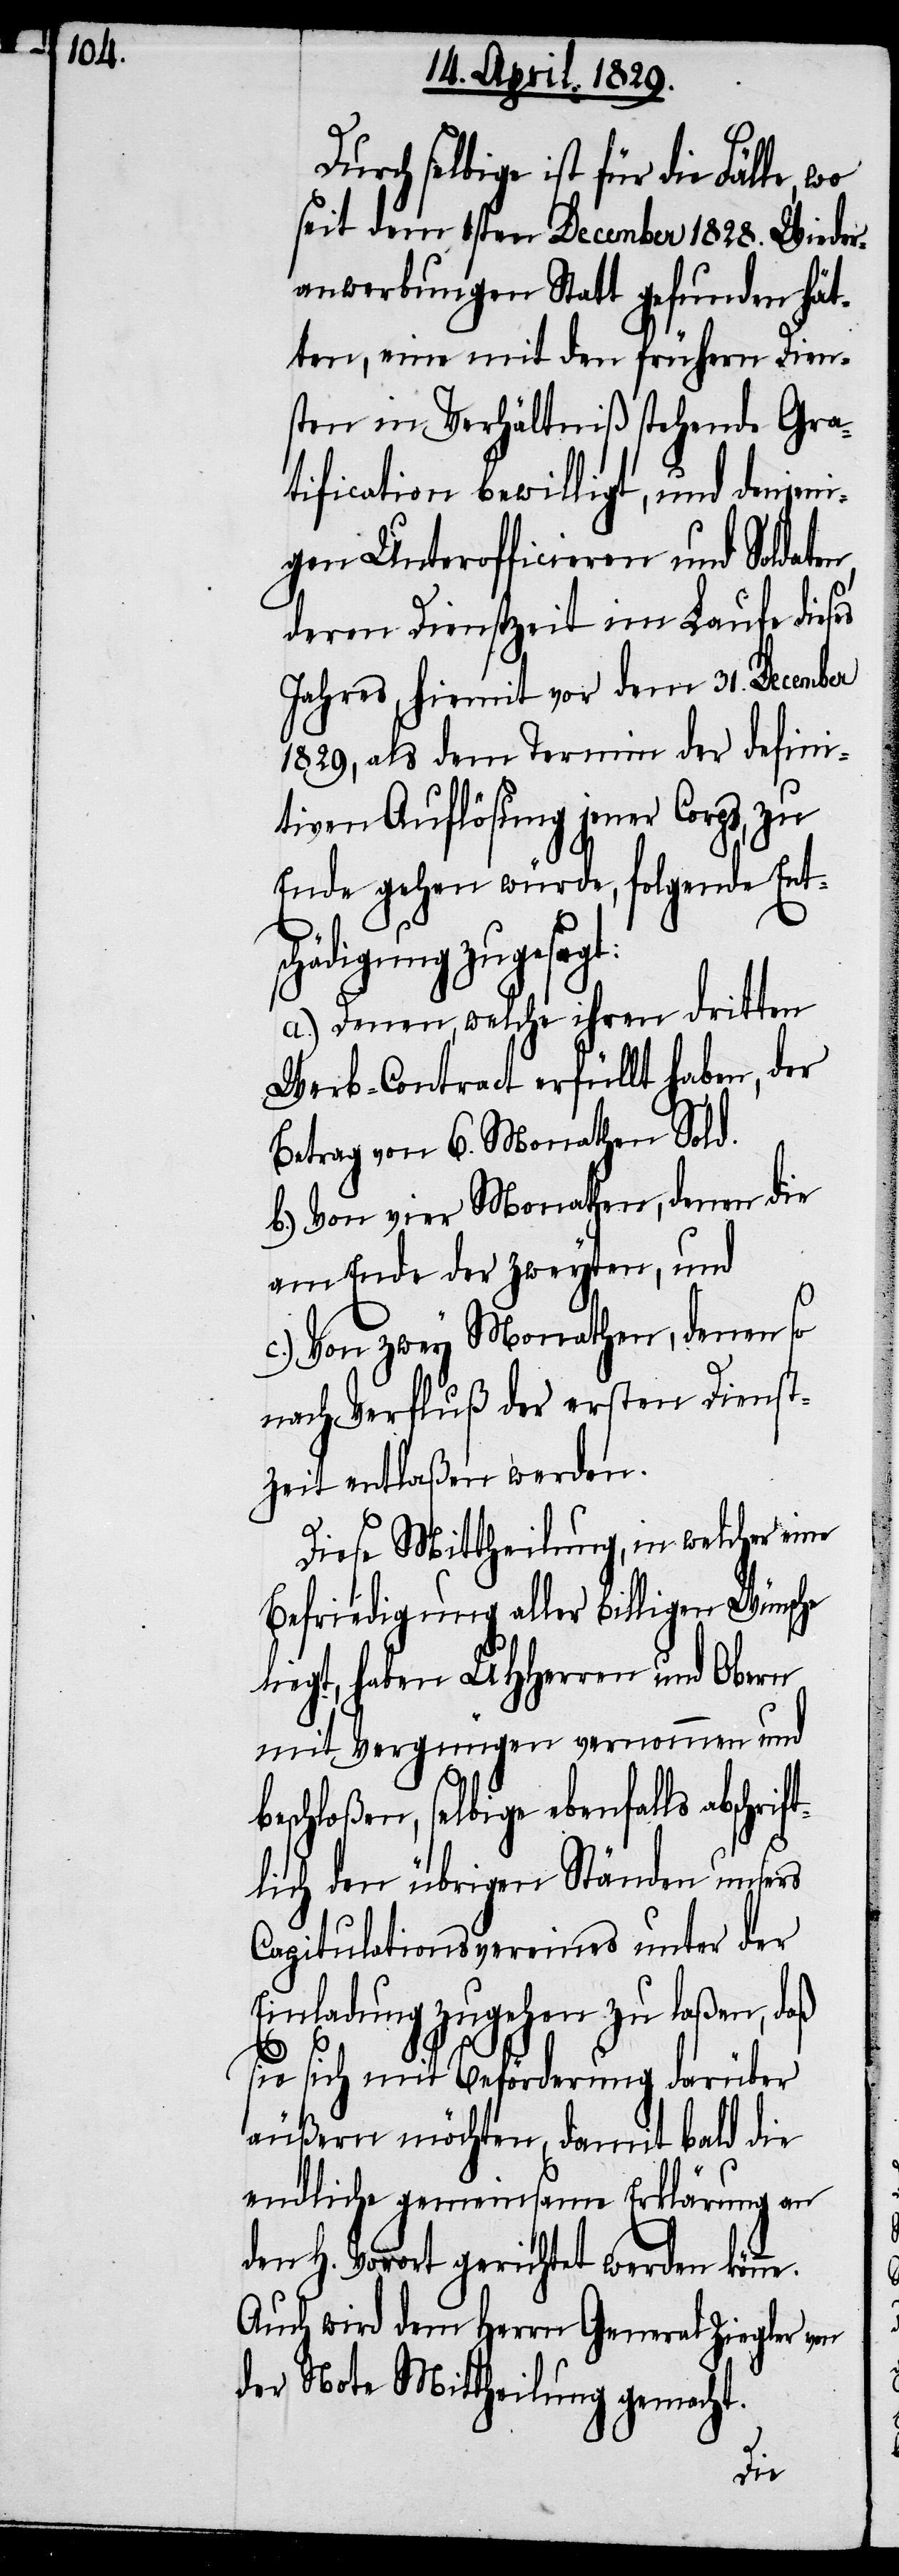
Durch selbige ist für die Fälle,
seit dem 1sten December 1828. Wieder¬
anwerbungen Statt gefunden hät¬
ten, eine mit den frühern Dien¬
sten in Verhältniß stehende Gra¬
tification bewilligt, und denjeni¬
gen Unterofficieren und Soldate¬
deren Dienstzeit im Laufe dieses
Jahres, hiemit vor dem 31. December
1829, als dem Termin der defini¬
tiven Auflösung jener Corps, zu
Ende gehen würde, folgende Ent¬
schädigung zugesagt:
a.) Denen, welche ihren dritten
Werb-Contract erfüllt haben, der
Betrag von 6. Monathen Sold.
b.) Von vier Monathen, denen die
am Ende der zweyten, und
c.) Von zwey Monathen, denen so
nach Verfluß der ersten Dienst¬
zeit entlaßen werden.
Diese Mittheilung, in welcher eine
Befriedigung aller billigen Wünsche
liegt, haben UHHerren und Obern
mit Vergnügen vernommen und
beschloßen, selbige ebenfalls absch¬
tlich den übrigen Ständen unsers
Capitulationsvereines unter der
Einladung zugehen zu laßen, daß
e.
sie sich mit Beförderung darüber
äußern möchten, damit bald die
endliche gemeinsame Erklärung an
den H. Vorort gerichtet werden könn¬
Auch wird dem Herrn General Ziegler von
der Note Mittheilung gemacht.
rif¬